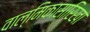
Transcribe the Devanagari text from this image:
वाल्मिकासारिखा